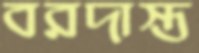
বরদাস্ত